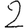
Digit: 2